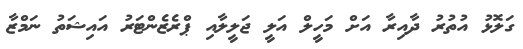
ގަލޮޅު އުތުރު ދާއިރާ އަށް މަހީލް އަލީ ޖަލީލާއި ޕްރެޒެންޓަރު އައިޝަތު ނަމްޒާ